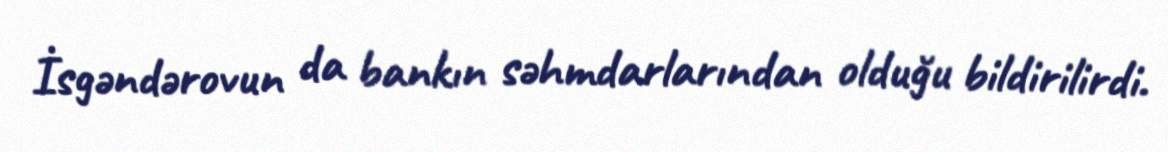
İsgəndərovun da bankın səhmdarlarından olduğu bildirilirdi.